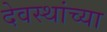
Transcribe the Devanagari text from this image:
देवस्थांच्या